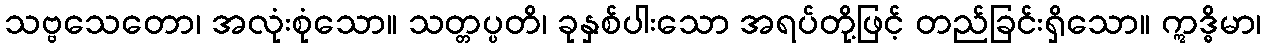
သဗ္ဗသေတော၊ အလုံးစုံသော။ သတ္တပ္ပတိ၊ ခုနှစ်ပါးသော အရပ်တို့ဖြင့် တည်ခြင်းရှိသော။ ဣဒ္ဓိမာ၊